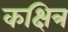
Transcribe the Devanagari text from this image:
कक्षित्र